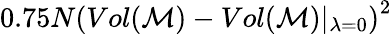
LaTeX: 0.75N\left(Vol(\mathcal{M})-Vol(\mathcal{M})\vert_{\lambda=0}\right)^{2}